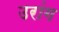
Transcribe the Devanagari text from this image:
उरांग